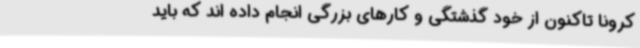
کرونا تاکنون از خود گذشتگی و کارهای بزرگی انجام داده اند که باید